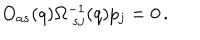
O _ { a s } ( q ) \Omega _ { \ s j } ^ { - 1 } ( q ) p _ { j } = 0 \, .